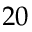
2 0